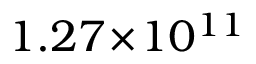
1 . 2 7 \! \times \! 1 0 ^ { 1 1 }